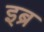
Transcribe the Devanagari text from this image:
इब्र